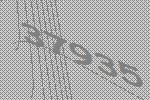
37935